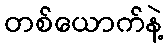
တစ်ယောက်နဲ့